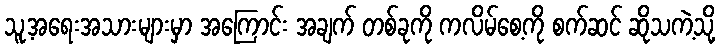
သူ့အရေးအသားများမှာ အကြောင်း အချက် တစ်ခုကို ကလိမ်စေ့ကို စက်ဆင် ဆိုသကဲ့သို့